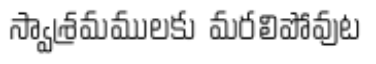
స్వాశ్రమములకు మరలిపోవుట